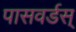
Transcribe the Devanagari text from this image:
पासवर्डस्